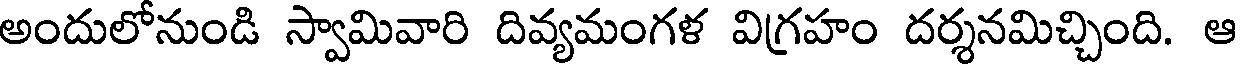
అందులోనుండి స్వామివారి దివ్యమంగళ విగ్రహం దర్శనమిచ్చింది. ఆ